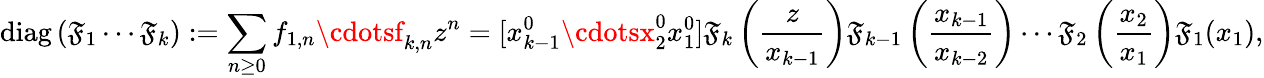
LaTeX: \operatorname{diag}\left(\mathfrak{F}_{1}\cdots\mathfrak{F}_{k}\right):=\sum_{n\geq0}f_{1,n}\cdotsf_{k,n}z^{n}=[x_{k-1}^{0}\cdotsx_{2}^{0}x_{1}^{0}]\mathfrak{F}_{k}\left({\frac{{z}}{{x_{k-1}}}}\right)\mathfrak{F}_{k-1}\left({\frac{{x_{k-1}}}{{x_{k-2}}}}\right)\cdots\mathfrak{F}_{2}\left({\frac{{x_{2}}}{{x_{1}}}}\right)\mathfrak{F}_{1}(x_{1}),